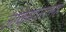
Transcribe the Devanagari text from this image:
लोकपालांसह